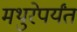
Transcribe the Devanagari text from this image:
मथुरेपर्यंत